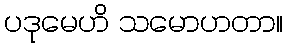
ပဒုမေဟိ သမောဟတာ။